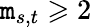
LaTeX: \mathtt{m}_{s,t}\geqslant2